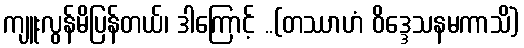
ကျူးလွန်မိပြန်တယ်၊ ဒါကြောင့် ..(တဿာဟံ ဝိဒ္ဒေသနမကာသိံ)